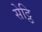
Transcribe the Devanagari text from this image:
सेट्ठि